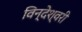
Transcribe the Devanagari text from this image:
विन्देश्वरी